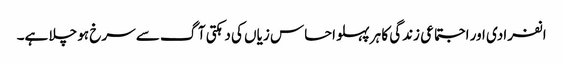
انفرادی اور اجتماعی زندگی کا ہر پہلو احساس زیاں کی دہکتی آگ سے سرخ ہو چلا ہے۔